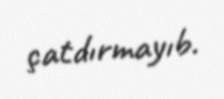
çatdırmayıb.